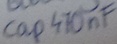
Text: cap470nF